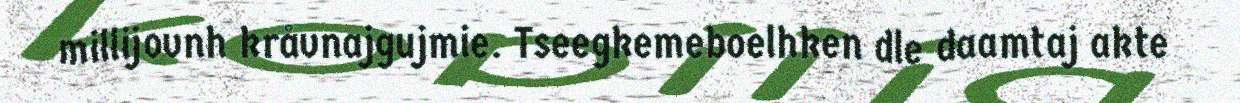
millijovnh kråvnajgujmie. Tseegkemeboelhken dle daamtaj akte